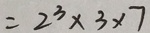
= 2 ^ { 3 } \times 3 \times 7